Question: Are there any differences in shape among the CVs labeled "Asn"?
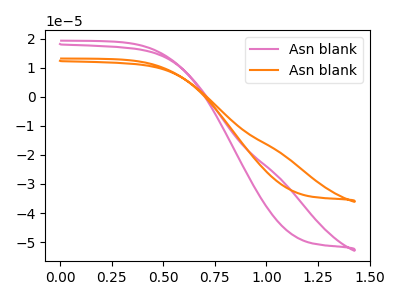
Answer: <think>The pink curve "Asn blank1" has no peaks. The orange curve "Asn blank2" has no peaks.
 Neither "Asn blank1" or "Asn blank2" have any peaks.</think>
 <answer>All the CV's of "Asn" have similar shape.</answer>
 <eval>follow_rule</eval>